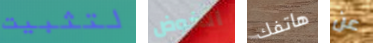
لتثبيت الخوض هاتفك عن